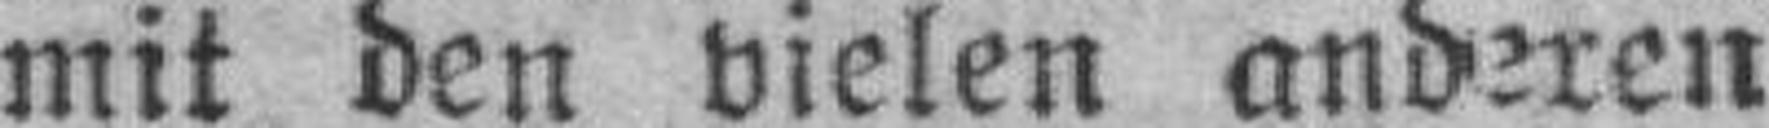
mit den vielen anderen